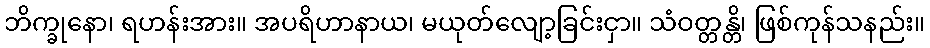
ဘိက္ခုနော၊ ရဟန်းအား။ အပရိဟာနာယ၊ မယုတ်လျော့ခြင်းငှာ။ သံဝတ္တန္တိ၊ ဖြစ်ကုန်သနည်း။